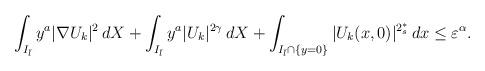
LaTeX: \begin{align*}\int_{I_{\bar{l}}}{y^a|\nabla U_k|^2\,dX}+\int_{I_{\bar{l}}}{y^a|U_k|^{2\gamma}\,dX}+\int_{I_{\bar{l}}\cap\{y=0\}}{|U_k(x,0)|^{2^*_s}\,dx}\leq \varepsilon^\alpha .\end{align*}